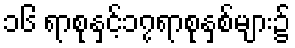
၁၆ ရာစုနှင့်၁၇ရာစုနှစ်များ၌